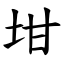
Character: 坩